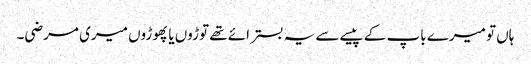
ہاں تو میرے باپ کے پیسے سے یہ بستر ائے تھے توڑوں یا پھوڑوں میری مرضی۔